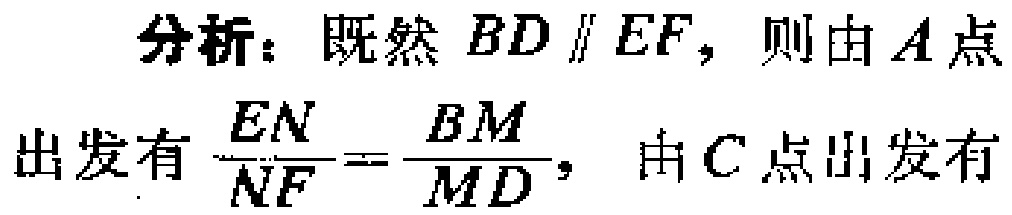
分析：既然 \(BD \parallel EF\)，则由 \(A\) 点
出发有 \(\frac{EN}{NF}=\frac{BM}{MD}\)，由 \(C\) 点出发有